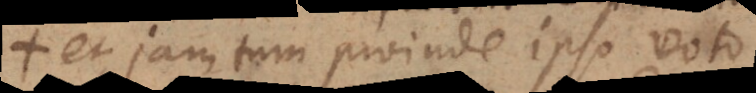
et jam tum proinde ipso voto